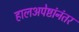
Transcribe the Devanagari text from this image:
हालअपेष्टांनंतर